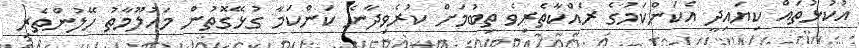
އުކުޅުތައް ކިޔައިދީ އެކަންކަމުގެ ރައްކާތެރިވެ ތިބުމަށް ކުރެވިދާނެ ކަންކަމާ ގުޅޭގޮތުން މައުލޫމާތު ހޭލުންތެރި